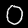
Digit: 0